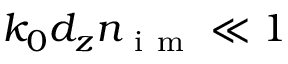
k _ { 0 } d _ { z } n _ { \mathrm { ~ i ~ m ~ } } \ll 1